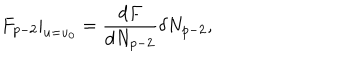
F _ { p - 2 } | _ { u = u _ { 0 } } = \frac { d F } { d N _ { p - 2 } } \delta N _ { p - 2 } ,